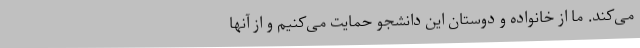
می‌کند. ما از خانواده و دوستان این دانشجو حمایت می‌کنیم و از آنها